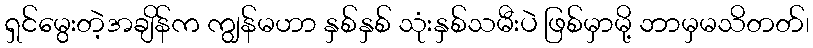
ရှင်မွေးတဲ့အချိန်က ကျွန်မဟာ နှစ်နှစ် သုံးနှစ်သမီးပဲ ဖြစ်မှာမို့ ဘာမှမသိတတ်၊